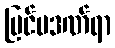
ပြင်ပဒဏ်ရာ